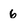
Character: 6